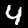
Digit: 4